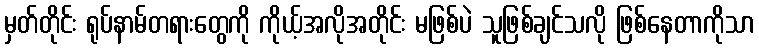
မှတ်တိုင်း ရုပ်နာမ်တရားတွေကို ကိုယ့်အလိုအတိုင်း မဖြစ်ပဲ သူဖြစ်ချင်သလို ဖြစ်နေတာကိုသာ